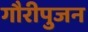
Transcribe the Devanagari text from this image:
गौरीपुजन